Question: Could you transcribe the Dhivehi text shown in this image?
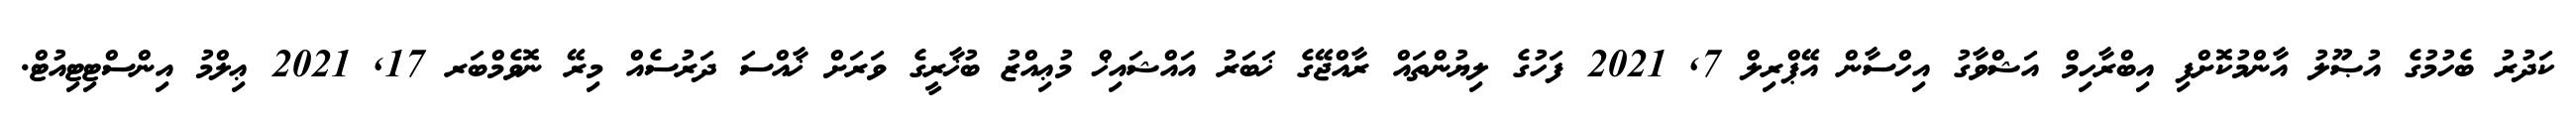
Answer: ކަދުރު ބެހުމުގެ އުޞޫލު އާންމުކޮށްފި އިބްރާހިމް އަޝްވާގު އިހްސާން އޭޕްރިލް 7, 2021 ފަހުގެ ލިޔުންތައް ރާއްޖޭގެ ޚަބަރު އައްޝައިޚް މުޢިއްޒު ބުޚާރީގެ ވަރަށް ޚާއްސަ ދަރުސެއް މިރޭ ނޮވެމްބަރ 17, 2021 ޢިލްމު އިންސްޓިޓިއުޓް.